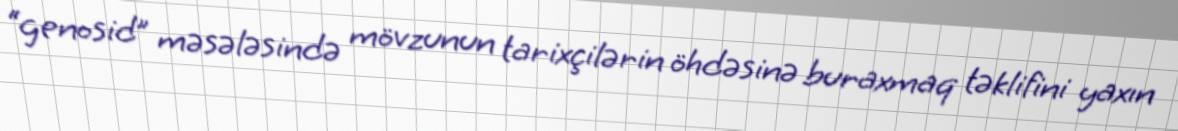
“genosid” məsələsində mövzunun tarixçilərin öhdəsinə buraxmaq təklifini yaxın